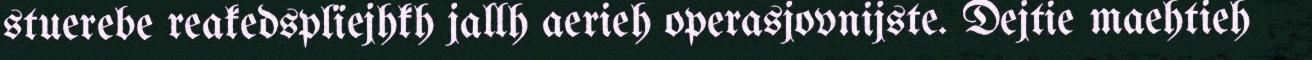
stuerebe reakedsplïejhkh jallh aerieh operasjovnijste. Dejtie maehtieh